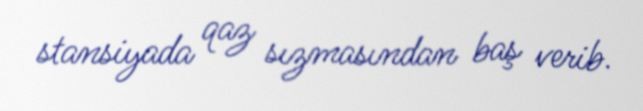
stansiyada qaz sızmasından baş verib.